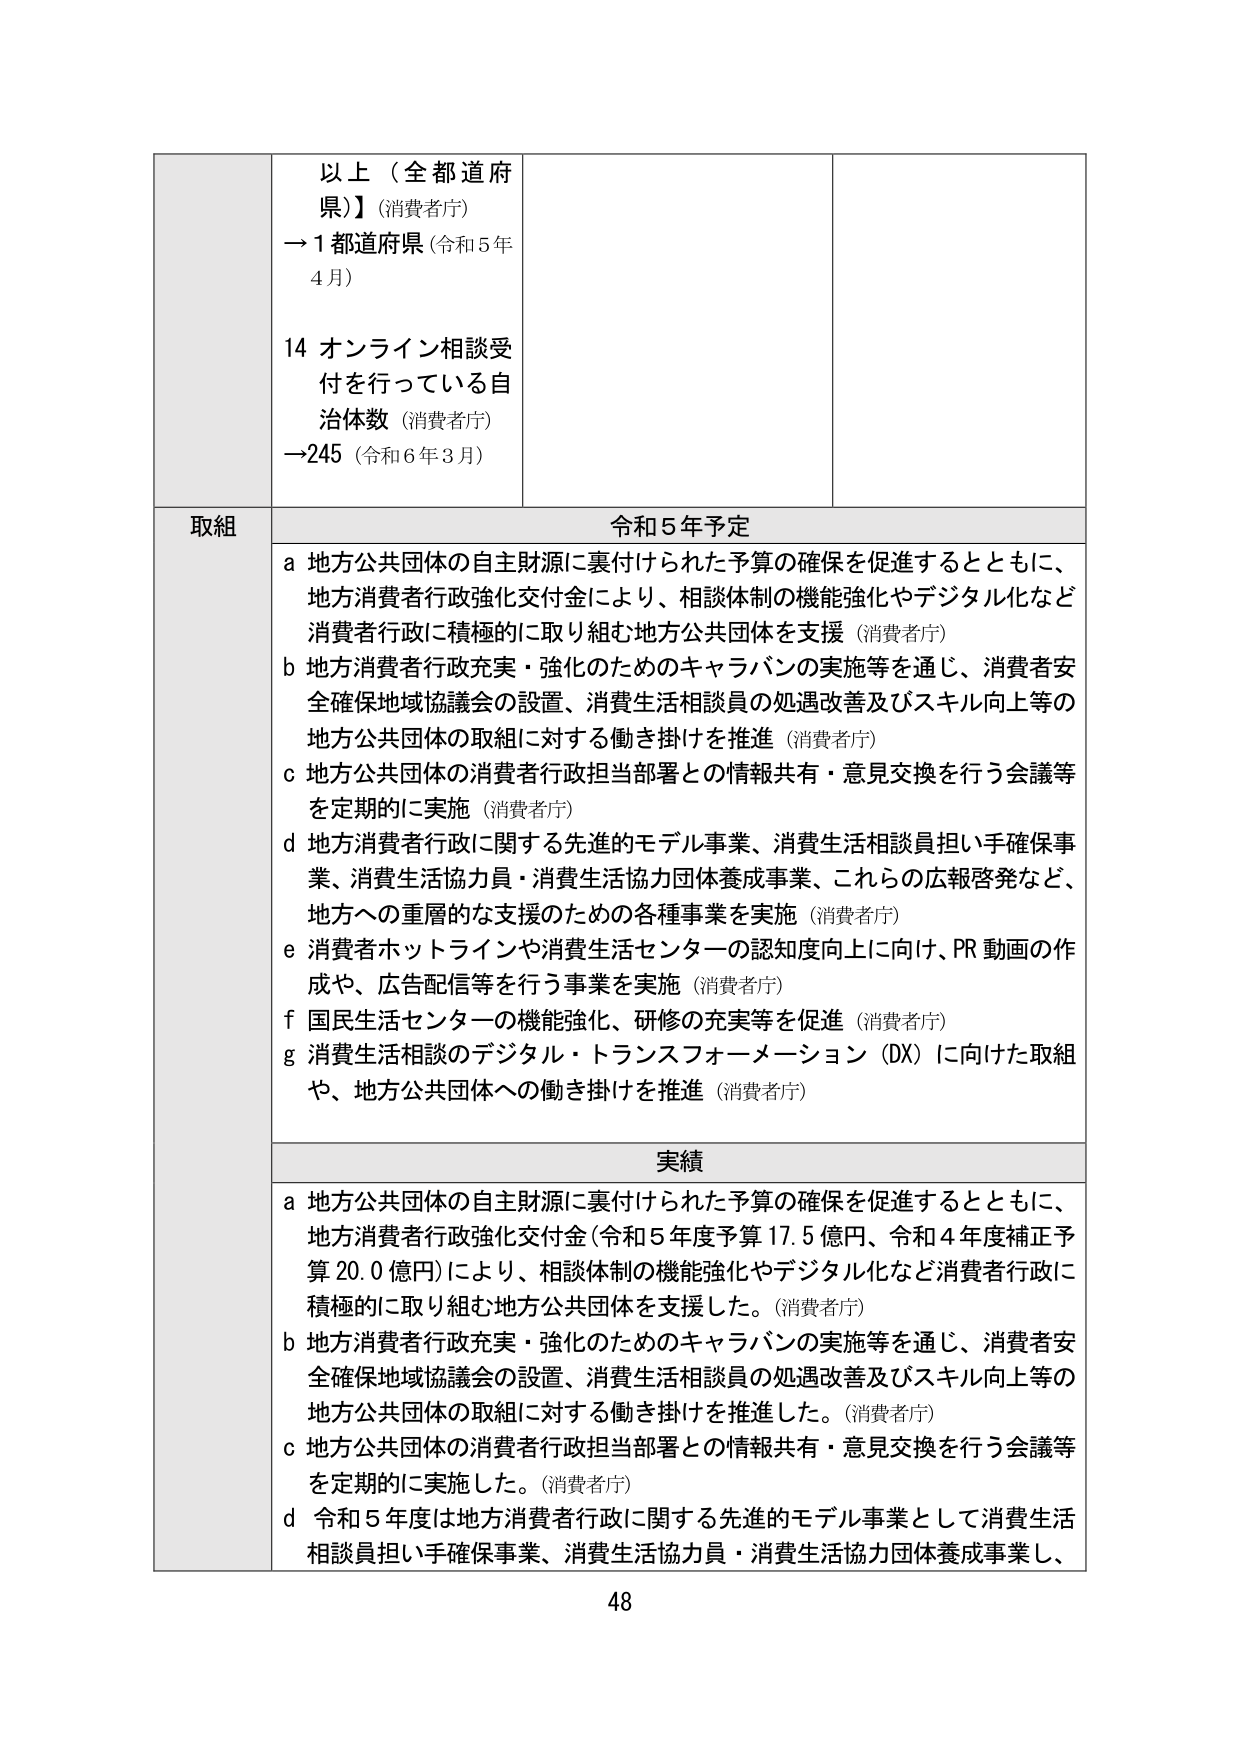
以上（全都道府県）】（消費者庁）
→1都道府県（令和5年4月）

14 オンライン相談受付を行っている自治体数（消費者庁）
→245（令和6年3月）

取組

令和5年予定
a 地方公共団体の自主財源に裏付けられた予算の確保を促進するとともに、地方消費者行政強化交付金により、相談体制の機能強化やデジタル化など消費者行政に積極的に取り組む地方公共団体を支援（消費者庁）
b 地方消費者行政充実・強化のためのキャラバンの実施等を通じ、消費者安全確保地域協議会の設置、消費生活相談員の処遇改善及びスキル向上等の地方公共団体の取組に対する働き掛けを推進（消費者庁）
c 地方公共団体の消費者行政担当部署との情報共有・意見交換を行う会議等を定期的に実施（消費者庁）
d 地方消費者行政に関する先進的モデル事業、消費生活相談員担い手確保事業、消費生活協力員・消費生活協力団体養成事業、これらの広報啓発など、地方への重層的な支援のための各種事業を実施（消費者庁）
e 消費者ホットラインや消費生活センターの認知度向上に向け、PR動画の作成や、広告配信等を行う事業を実施（消費者庁）
f 国民生活センターの機能強化、研修の充実等を促進（消費者庁）
g 消費生活相談のデジタル・トランスフォーメーション（DX）に向けた取組や、地方公共団体への働き掛けを推進（消費者庁）

実績
a 地方公共団体の自主財源に裏付けられた予算の確保を促進するとともに、地方消費者行政強化交付金（令和5年度予算17.5億円、令和4年度補正予算20.0億円）により、相談体制の機能強化やデジタル化など消費者行政に積極的に取り組む地方公共団体を支援した。（消費者庁）
b 地方消費者行政充実・強化のためのキャラバンの実施等を通じ、消費者安全確保地域協議会の設置、消費生活相談員の処遇改善及びスキル向上等の地方公共団体の取組に対する働き掛けを推進した。（消費者庁）
c 地方公共団体の消費者行政担当部署との情報共有・意見交換を行う会議等を定期的に実施した。（消費者庁）
d 令和5年度は地方消費者行政に関する先進的モデル事業として消費生活相談員担い手確保事業、消費生活協力員・消費生活協力団体養成事業し、

48